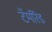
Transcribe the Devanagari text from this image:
टॅमरिंड